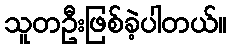
သူတဦးဖြစ်ခဲ့ပါတယ်။